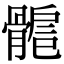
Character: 𩩾